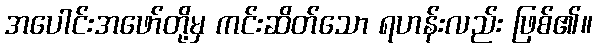
အပေါင်းအဖော်တို့မှ ကင်းဆိတ်သော ရဟန်းလည်း ဖြစ်၏။